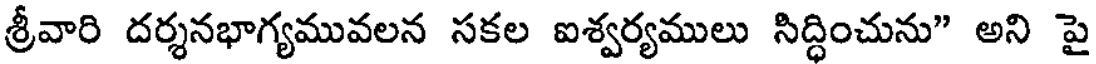
శ్రీవారి దర్శనభాగ్యమువలన సకల ఐశ్వర్యములు సిద్ధించును" అని పై